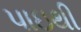
પાઇથી